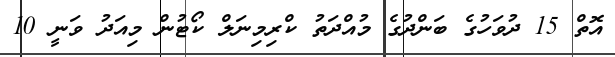
އޮތް 15 ދުވަހުގެ ބަންދުގެ މުއްދަތު ކްރިމިނަލް ކޯޓުން މިއަދު ވަނީ 10